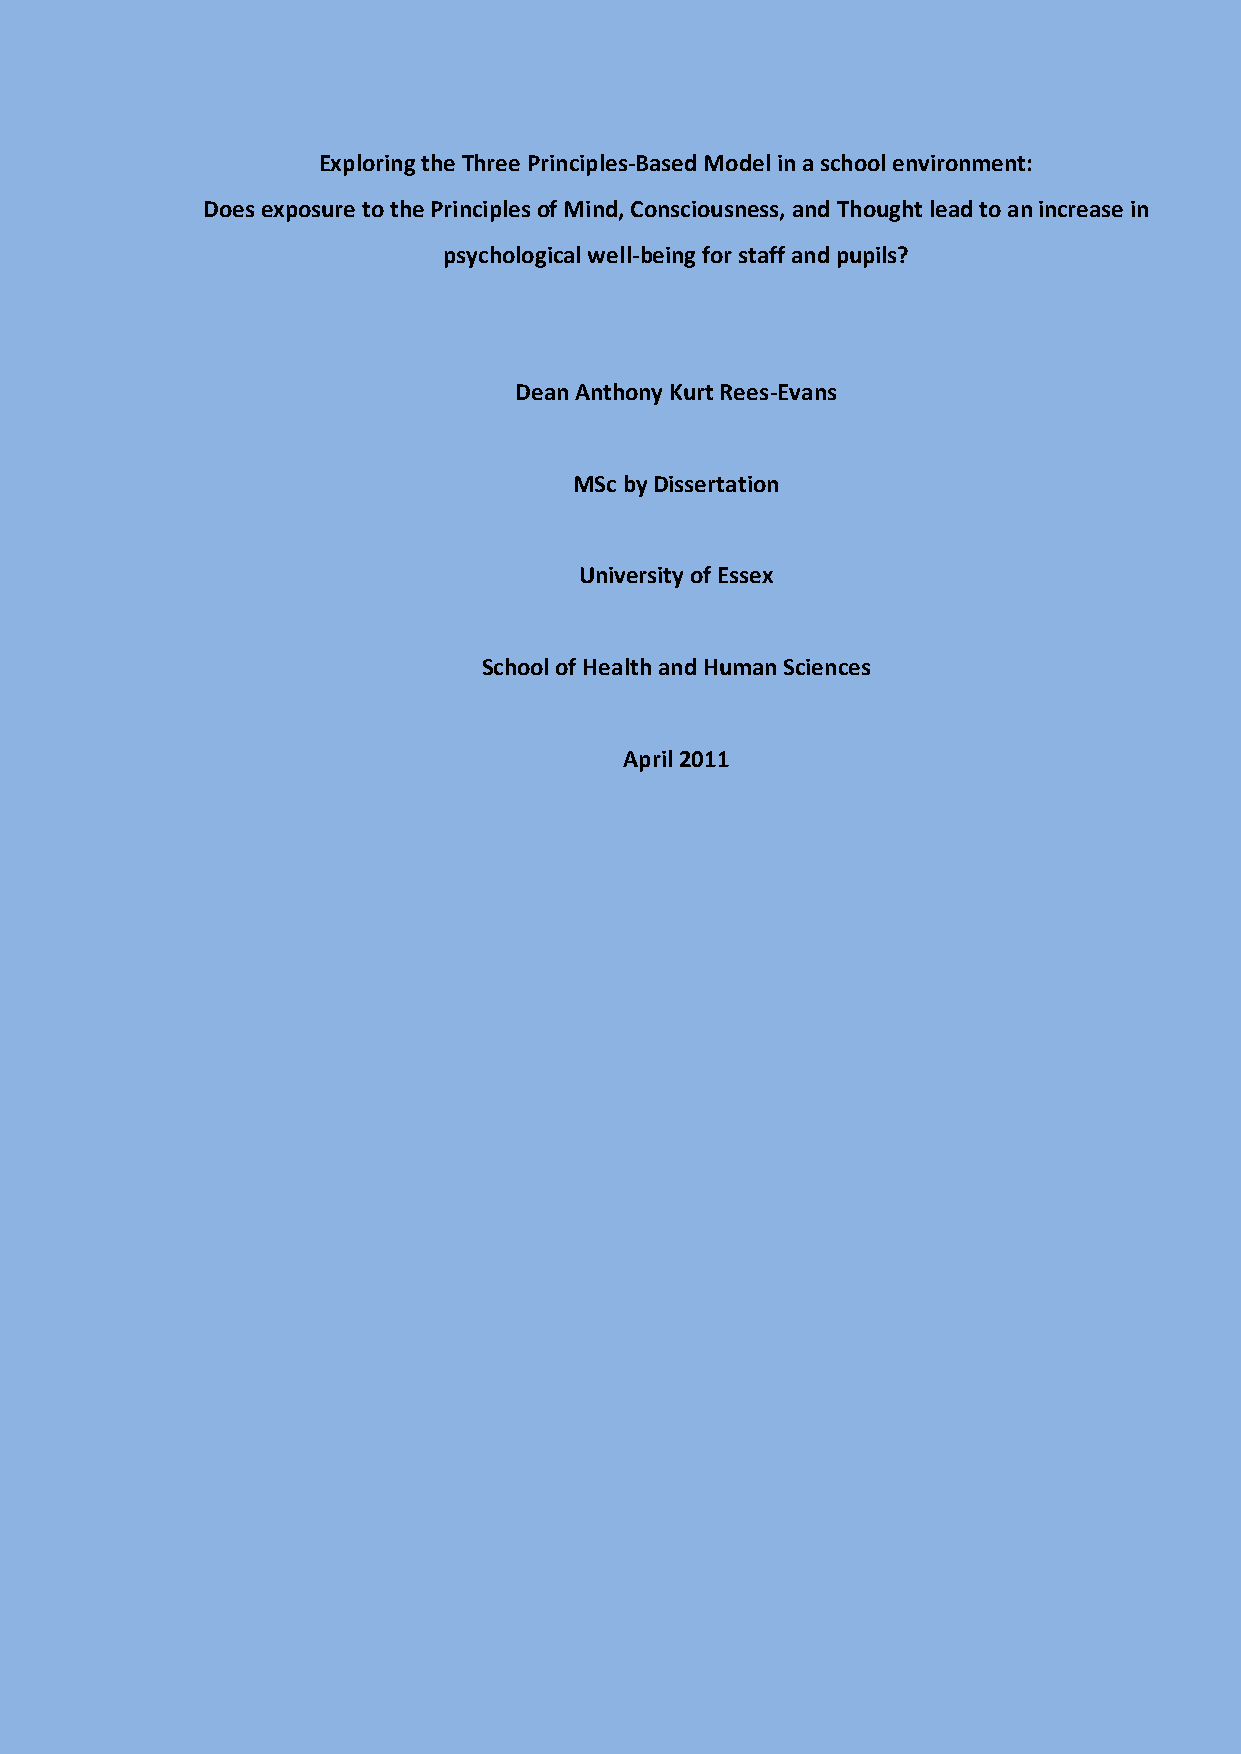
Exploring the Three Principles-Based Model in a school environment:
 Does exposure to the Principles of Mind, Consciousness, and Thought lead to an increase in
 psychological well-being for staff and pupils?
 Dean Anthony Kurt Rees-Evans
 MSc by Dissertation
 University of Essex
 School of Health and Human Sciences
 April 2011